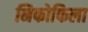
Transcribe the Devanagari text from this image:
निफोफिला